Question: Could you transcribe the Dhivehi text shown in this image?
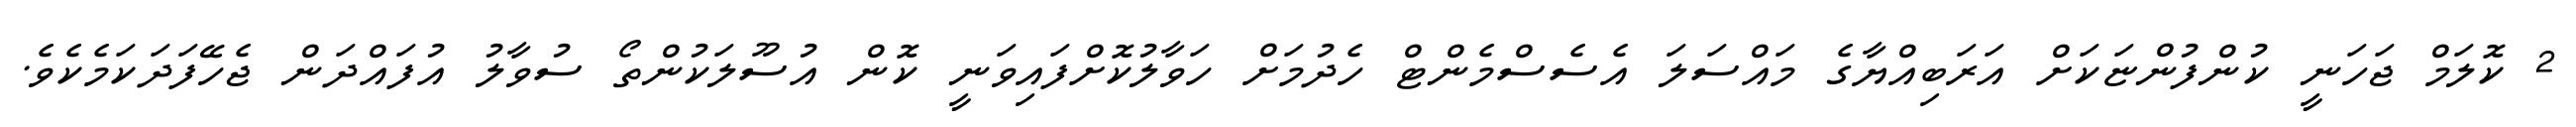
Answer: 2 ކޮލަމް ޖަހަނީ ކުންފުންޏަކަށް އަރަބިއްޔާގެ މައްސަލަ އެސެސްމެންޓް ހެދުމަށް ހަވާލުކޮށްފައިވަނީ ކޮން އުސޫލަކުންތޯ ސުވާލު އުފައްދަން ޖެހޭފަދަކަމެކެވެ.